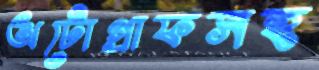
অটোগ্রাফসহ